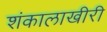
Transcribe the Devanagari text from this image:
शंकालाखीरी